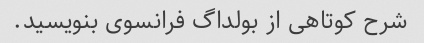
شرح کوتاهی از بولداگ فرانسوی بنویسید.